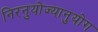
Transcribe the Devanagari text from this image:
निरनुयोज्यानुयोग